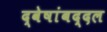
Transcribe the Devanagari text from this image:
द्वेषांबद्दल